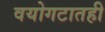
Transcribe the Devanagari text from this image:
वयोगटातही